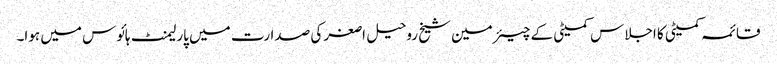
قائمہ کمیٹی کا اجلاس کمیٹی کے چیئرمین شیخ روحیل اصغر کی صدارت میں پارلیمنٹ ہائوس میں ہوا۔